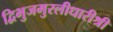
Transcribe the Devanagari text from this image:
द्विभुजमुरलीधारीश्री